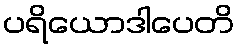
ပရိယောဒါပေတိ